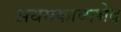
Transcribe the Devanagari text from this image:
अधमकाव्यभेद